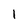
Character: 1